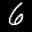
Digit: 6